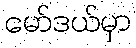
မော်ဒယ်မှာ